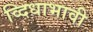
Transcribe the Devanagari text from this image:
व्दिधाभावी